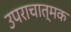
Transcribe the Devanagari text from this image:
उपराचात्मक